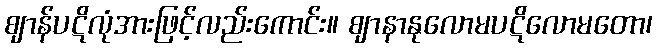
ဈာန်ပဋိလုံအားဖြင့်လည်းကောင်း။ ဈာနာနုလောမပဋိလောမတော၊